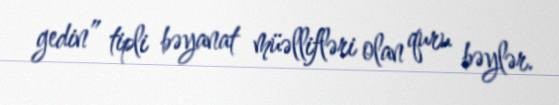
gedin” tipli bəyanat müəllifləri olan quru bəylər.